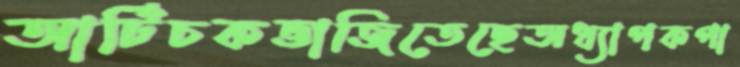
আর্টিচকভাজিতেছেঅধ্যাপকপা